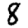
Digit: 8